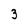
Character: 3